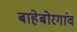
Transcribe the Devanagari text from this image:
बाहेबोरगांव